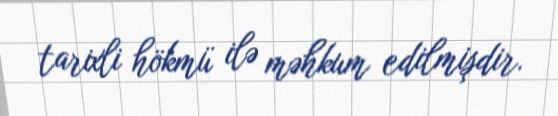
tarixli hökmü ilə məhkum edilmişdir.